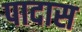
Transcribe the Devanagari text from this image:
पादास